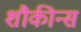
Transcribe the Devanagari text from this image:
शौकीन्स